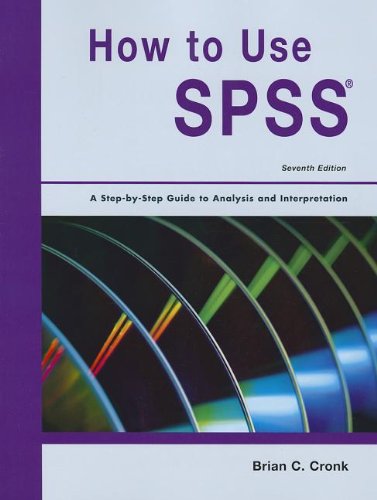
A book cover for How to Use SPSS Statistics: A Step-By-Step Guide to Analysis and Interpretation; Brian C. Cronk; Computers & Technology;